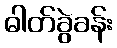
ဓါတ်ခွဲခန်း